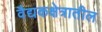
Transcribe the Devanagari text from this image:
वैद्यकक्षेत्रातील